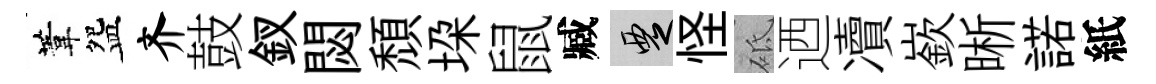
葦盌齐鼓釵閟頽垜鼠臧覂怪砥迺凟嶔晰諾紙